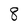
Character: 8